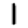
Digit: 1